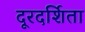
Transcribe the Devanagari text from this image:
दूरदर्शिता